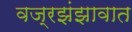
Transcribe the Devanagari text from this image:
वज्रझंझावात